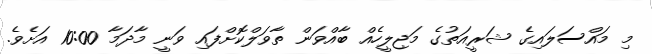
މި މައްސަލައިގެ ޝަރީއަތުގެ މަޖިލީހެއް ބާއްވަން ތާވަލްކޮށްފައި ވަނީ މާދަމާ 10:00 އަށެވެ.